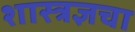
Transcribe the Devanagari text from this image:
शास्त्रज्ञचा